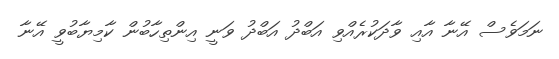
ނަމަވެސް އޭނާ އާއި ވާދަކުރެއްވި އަބްދު އަބްދު ވަނީ އިންތިހާބުން ކާމިޔާބުވީ އޭނާ